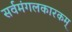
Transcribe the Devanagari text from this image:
सर्वमंगलकारकम्